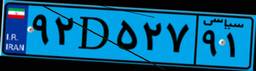
۹۱D۴۶۹۷۸